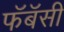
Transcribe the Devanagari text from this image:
फॅबॅसी